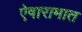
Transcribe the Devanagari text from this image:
ऐषारामात